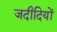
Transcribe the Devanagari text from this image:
जदीदियों